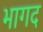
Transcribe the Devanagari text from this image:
भागद